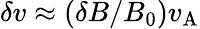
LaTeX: \delta v\approx(\delta B/B_{0})v_{\mathrm{A}}